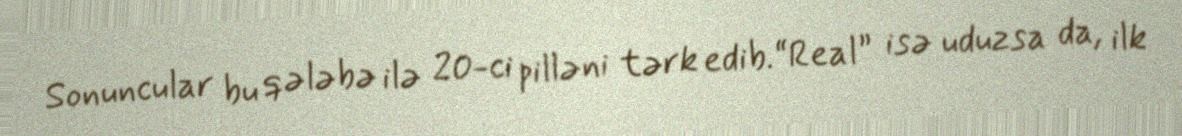
Sonuncular bu qələbə ilə 20-ci pilləni tərk edib.“Real” isə uduzsa da, ilk